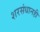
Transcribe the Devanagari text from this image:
शरसंधानही